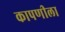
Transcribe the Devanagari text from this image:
कापणीला